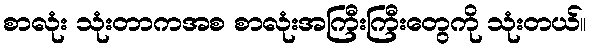
စာလုံး သုံးတာကအစ စာလုံးအကြီးကြီးတွေကို သုံးတယ်။